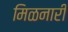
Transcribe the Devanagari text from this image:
मिळनारी